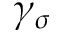
\gamma _ { \sigma }